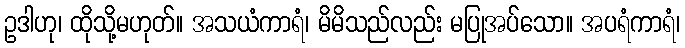
ဥဒါဟု၊ ထိုသို့မဟုတ်။ အသယံကာရံ၊ မိမိသည်လည်း မပြုအပ်သော။ အပရံကာရံ၊